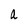
Character: a